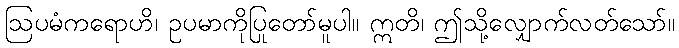
ဩပမံကရောဟိ၊ ဥပမာကိုပြုတော်မူပါ။ ဣတိ၊ ဤသို့လျှောက်လတ်သော်။